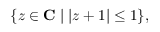
\{ z \in \mathbf { C } \mid | z + 1 | \leq 1 \} ,